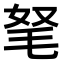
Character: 𣭄